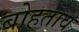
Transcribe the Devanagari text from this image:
बोहताव